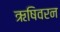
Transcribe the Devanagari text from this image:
ऋषिवरन